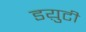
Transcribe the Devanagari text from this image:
डय़ुटी